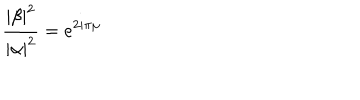
LaTeX: \frac { \left| \beta \right| ^ { 2 } } { \left| \alpha \right| ^ { 2 } } = e ^ { 2 i \pi \mu }